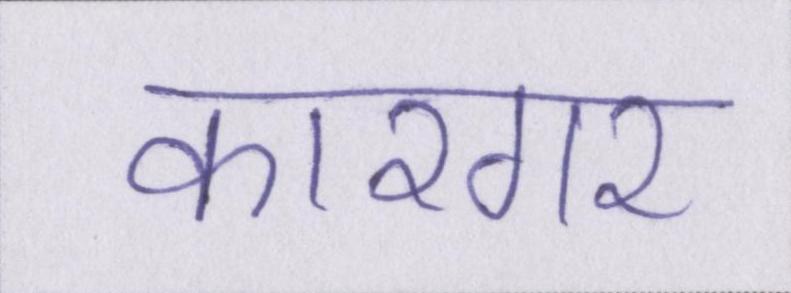
कारगर